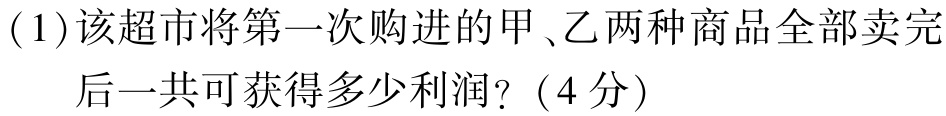
(1)该超市将第一次购进的甲、乙两种商品全部卖完后一共可获得多少利润?（4分）